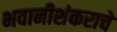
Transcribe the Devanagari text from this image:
भवानीशंकराचे